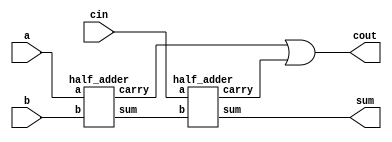

module full_adder(input a, b, cin, output sum, cout);

	wire sum1,carry1,carry2;
	half_adder HA0(a,b,sum1,carry1);
	half_adder HA1(cin,sum1,sum,carry2);

	assign cout = carry1 | carry2;

endmodule
module half_adder(input a,b, output sum, carry);

	assign sum = a ^ b;
	assign carry = a & b;

endmodule